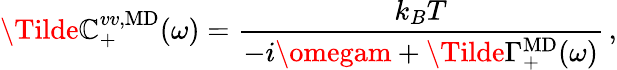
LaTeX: \Tilde{\mathbb{C}}_{+}^{vv,\mathrm{{MD}}}(\omega)=\frac{{k_{B}T}}{{-i\omegam+\Tilde{\Gamma}_{+}^{\mathrm{{MD}}}(\omega)}}\, ,